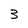
Character: 3